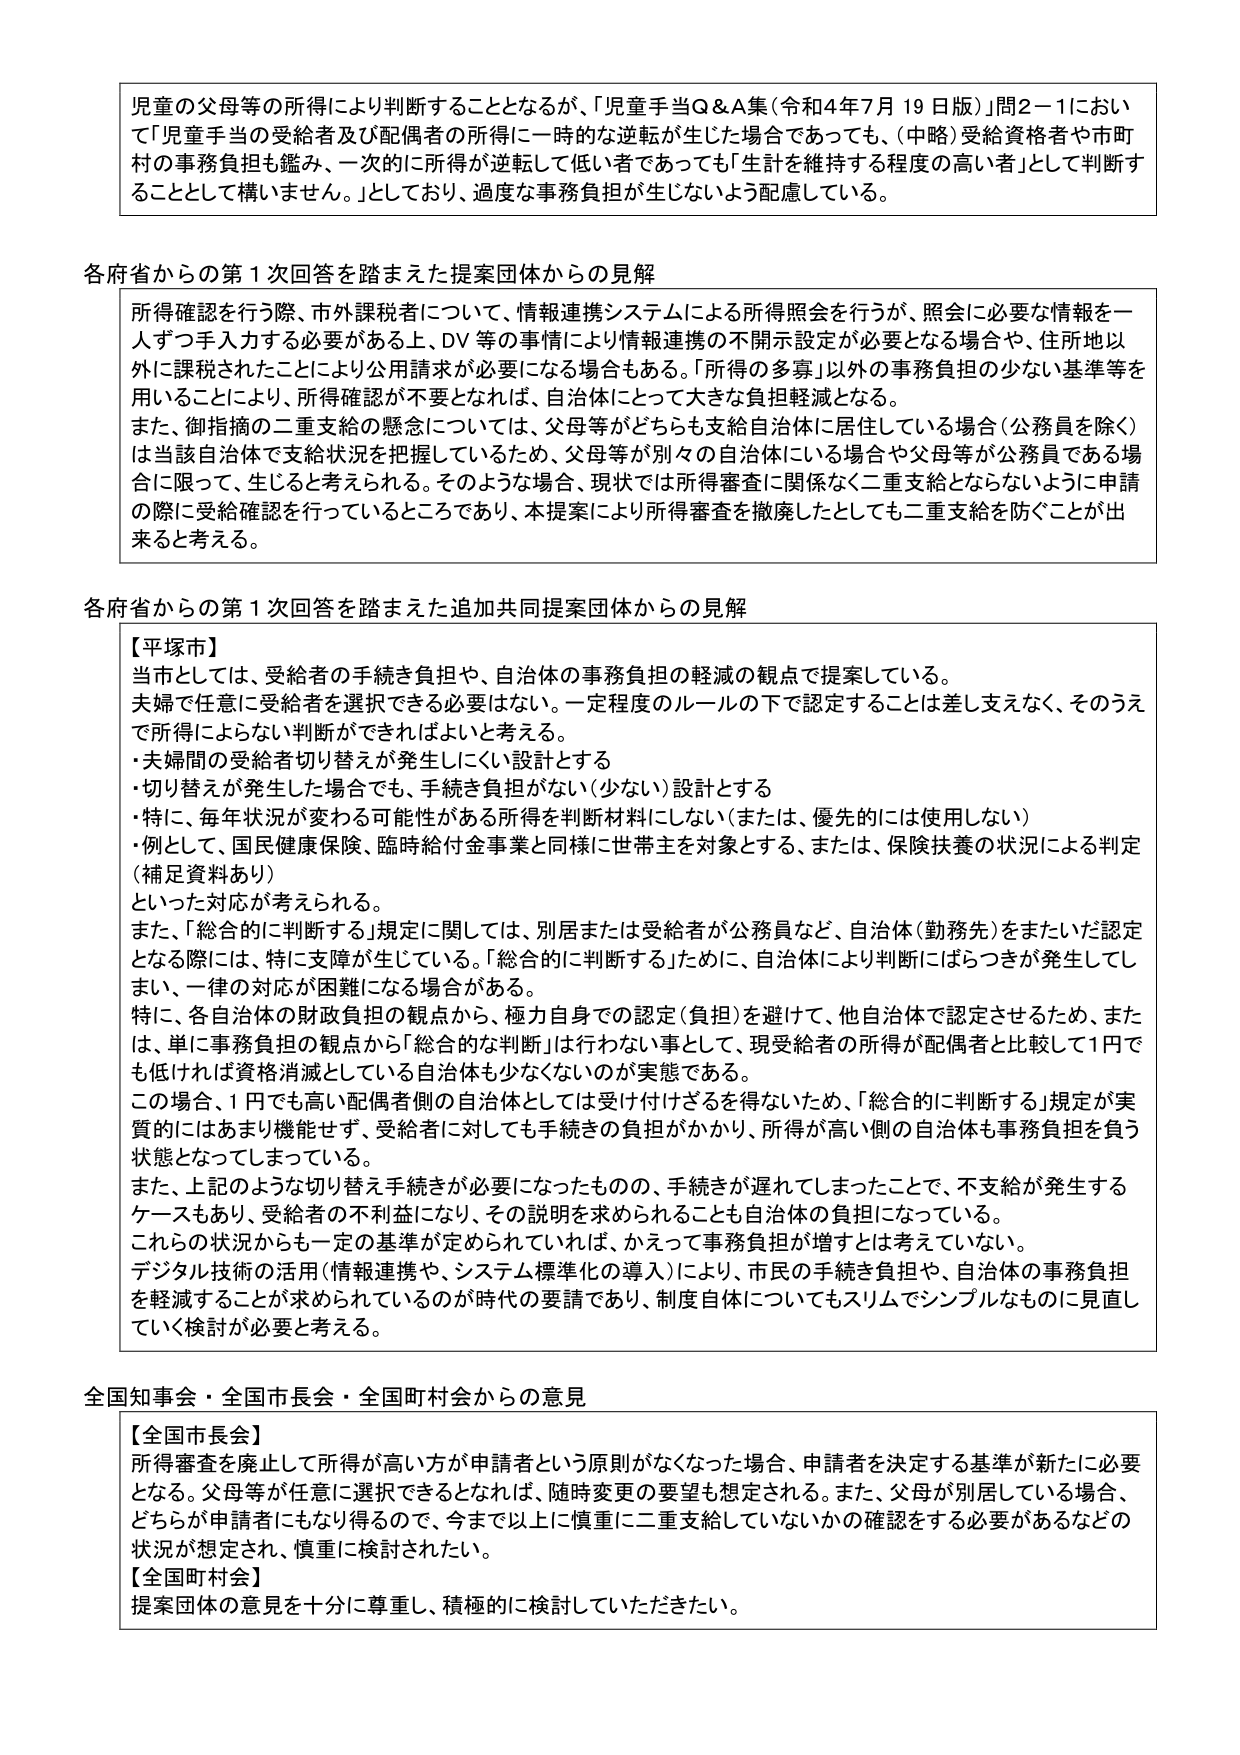
児童の父母等の所得により判断することとなるが、「児童手当Q&A集（令和4年7月19日版）」問2-1において「児童手当の受給者及び配偶者の所得に一時的な逆転が生じた場合であっても、（中略）受給資格者や市町村の事務負担も鑑み、一次的に所得が逆転して低い者であっても「生計を維持する程度の高い者」として判断することとして構いません。」としており、過度な事務負担が生じないよう配慮している。

各府省からの第1次回答を踏まえた提案団体からの見解
所得確認を行う際、市外課税者について、情報連携システムによる所得照会を行うが、照会に必要な情報を一人ずつ手入力する必要がある上、DV等の事情により情報連携の不開示設定が必要となる場合や、住所地以外に課税されたことにより公用請求が必要になる場合もある。「所得の多寡」以外の事務負担の少ない基準等を用いることにより、所得確認が不要となれば、自治体にとって大きな負担軽減となる。
また、御指摘の二重支給の懸念については、父母等がどちらも支給自治体に居住している場合（公務員を除く）は当該自治体で支給状況を把握しているため、父母等が別々の自治体にいる場合や父母等が公務員である場合に限って、生じると考えられる。そのような場合、現状では所得審査に関係なく二重支給とならないように申請の際に受給確認を行っているところであり、本提案により所得審査を撤廃したとしても二重支給を防ぐことが出来ると考える。

各府省からの第1次回答を踏まえた追加共同提案団体からの見解
【平塚市】
当市としては、受給者の手続き負担や、自治体の事務負担の軽減の観点で提案している。
夫婦で任意に受給者を選択できる必要はない。一定程度のルールの下で認定することは差し支えなく、そのうえで所得によりない判断ができればよいと考える。
・夫婦間の受給者切り替えが発生しにくい設計とする
・切り替えが発生した場合でも、手続き負担が少ない（少ない）設計とする
・特に、毎年状況が変わる可能性がある所得を判断材料にしない（または、優先的には使用しない）
・例として、国民健康保険、臨時給付金事業と同様に世帯主を対象とする、または、保険扶養の状況による判定（補足資料あり）
といった対応が考えられる。
また、「総合的に判断する」規定に関しては、別居または受給者が公務員など、自治体（勤務先）をまたいだ認定となる際には、特に支障が生じている。「総合的に判断する」ために、自治体により判断にばらつきが発生してしまい、一律の対応が困難になる場合がある。
特に、各自治体の財政負担の観点から、極力自身での認定（負担）を避けて、他自治体で認定させるため、または、単に事務負担の観点から「総合的な判断」は行わない事として、現受給者の所得が配偶者と比較して1円でも低ければ資格消滅としている自治体も少なくないのが実態である。
この場合、1円でも高い配偶者側の自治体としては受け付けざるを得ないため、「総合的に判断する」規定が実質的にはあまり機能せず、受給者に対しても手続きの負担がかかり、所得が高い側の自治体も事務負担を負う状態となってしまっている。
また、上記のような切り替え手続きが必要になったものの、手続きが遅れてしまったことで、不支給が発生するケースもあり、受給者の不利益になり、その説明を求められることも自治体の負担になっている。
これらの状況からも一定の基準が定められていれば、かえって事務負担が増すとは考えていない。
デジタル技術の活用（情報連携や、システム標準化の導入）により、市民の手続き負担や、自治体の事務負担を軽減することが求められているのが時代の要請であり、制度自体についてもスリムでシンプルなものに見直していく検討が必要と考える。

全国知事会・全国市長会・全国町村会からの意見
【全国市長会】
所得審査を廃止して所得が高い方が申請者という原則がなくなった場合、申請者を決定する基準が新たに必要となる。父母等が任意に選択できるとなれば、随時変更の要望も想定される。また、父母が別居している場合、どちらが申請者にもなり得るので、今まで以上に慎重に二重支給していないかの確認をする必要があるなどの状況が想定され、慎重に検討されたい。
【全国町村会】
提案団体の意見を十分に尊重し、積極的に検討していただきたい。